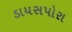
ડાયસપોરા